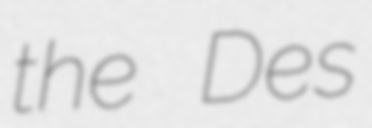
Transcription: the Des